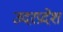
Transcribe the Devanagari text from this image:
उदरप्रदेश